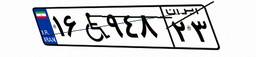
۷۸W۵۸۹۰۵